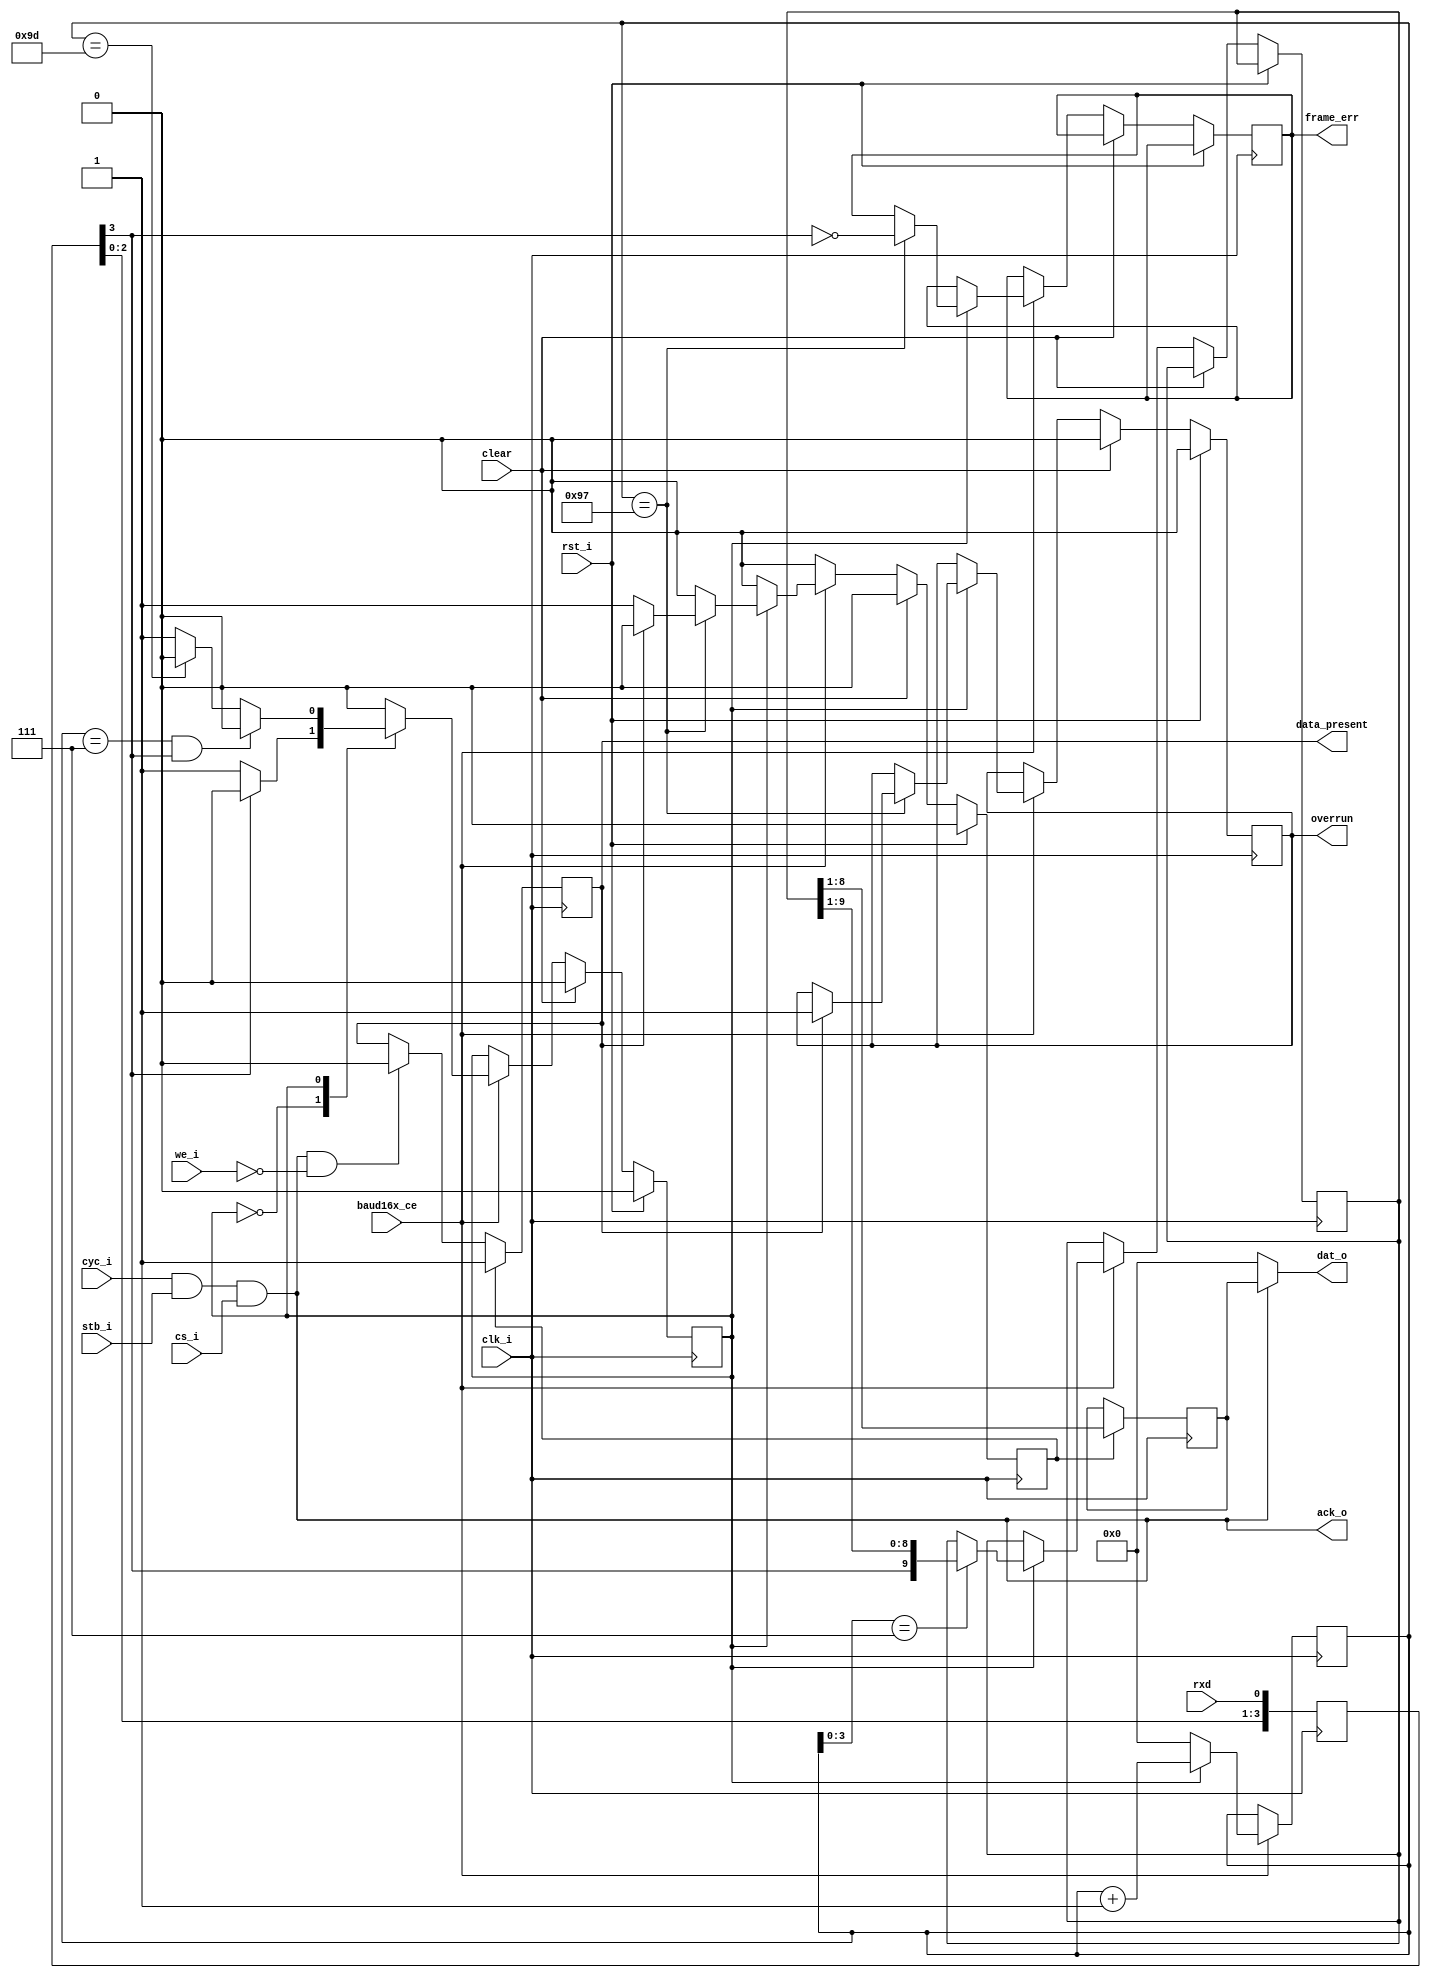
/* ============================================================================
	2011  Robert Finch
	robfinch@<remove>sympatico.ca

	rtfSimpleUartRx.v

    This source code is available for evaluation and validation purposes
    only. This copyright statement and disclaimer must remain present in
    the file.


	NO WARRANTY.
    THIS Work, IS PROVIDEDED "AS IS" WITH NO WARRANTIES OF ANY KIND, WHETHER
    EXPRESS OR IMPLIED. The user must assume the entire risk of using the
    Work.

    IN NO EVENT SHALL THE AUTHOR OR CONTRIBUTORS BE LIABLE FOR ANY
    INCIDENTAL, CONSEQUENTIAL, OR PUNITIVE DAMAGES WHATSOEVER RELATING TO
    THE USE OF THIS WORK, OR YOUR RELATIONSHIP WITH THE AUTHOR.

    IN ADDITION, IN NO EVENT DOES THE AUTHOR AUTHORIZE YOU TO USE THE WORK
    IN APPLICATIONS OR SYSTEMS WHERE THE WORK'S FAILURE TO PERFORM CAN
    REASONABLY BE EXPECTED TO RESULT IN A SIGNIFICANT PHYSICAL INJURY, OR IN
    LOSS OF LIFE. ANY SUCH USE BY YOU IS ENTIRELY AT YOUR OWN RISK, AND YOU
    AGREE TO HOLD THE AUTHOR AND CONTRIBUTORS HARMLESS FROM ANY CLAIMS OR
    LOSSES RELATING TO SUCH UNAUTHORIZED USE.


	Simple UART receiver core
		Features:
			false start bit detection
			framing error detection
			overrun state detection
			resynchronization on every character
			fixed format 1 start - 8 data - 1 stop bits
			uses 16x clock rate
			
		This core may be used as a standalone peripheral
	on a SoC bus if all that is desired is recieve
	capability. It requires a 16x baud rate clock.
	
   	+- - - - - - - - - - - - - - - - - - - - - - - - - - - - - - - - - -
	|WISHBONE Datasheet
	|WISHBONE SoC Architecture Specification, Revision B.3
	|
	|Description:						Specifications:
	+- - - - - - - - - - - - - - - - - - - - - - - - - - - - - - - - - -
	|General Description:				simple serial UART receiver
	+- - - - - - - - - - - - - - - - - - - - - - - - - - - - - - - - - -
	|Supported Cycles:					SLAVE,READ
	|									SLAVE,BLOCK READ
	+- - - - - - - - - - - - - - - - - - - - - - - - - - - - - - - - - -
	|Data port, size:					8 bit
	|Data port, granularity:			8 bit
	|Data port, maximum operand size:	8 bit
	|Data transfer ordering:			Undefined
	|Data transfer sequencing:			Undefined
	+- - - - - - - - - - - - - - - - - - - - - - - - - - - - - - - - - -
	|Clock frequency constraints:		none
	+- - - - - - - - - - - - - - - - - - - - - - - - - - - - - - - - - -
	|Supported signal list and			Signal Name		WISHBONE equiv.
	|cross reference to equivalent		ack_o			ACK_O
	|WISHBONE signals					
	|									clk_i			CLK_I
	|                                   rst_i           RST_I
	|									dat_o(7:0)		DAT_O()
	|									cyc_i			CYC_I
	|									stb_i			STB_I
	|									we_i			WE_I
	|
	+- - - - - - - - - - - - - - - - - - - - - - - - - - - - - - - - - -
	|Special requirements:
	+- - - - - - - - - - - - - - - - - - - - - - - - - - - - - - - - - -

	Ref: Spartan3 -4
	27 LUTs / 24 slices / 170 MHz
============================================================================ */

`define IDLE	0
`define CNT		1

module rtfSimpleUartRx(
	// WISHBONE SoC bus interface
	input rst_i,			// reset
	input clk_i,			// clock
	input cyc_i,			// cycle is valid
	input stb_i,			// strobe
	output ack_o,			// data is ready
	input we_i,				// write (this signal is used to qualify reads)
	output [7:0] dat_o,		// data out
	//------------------------
	input cs_i,				// chip select
	input baud16x_ce,		// baud rate clock enable
	input clear,			// clear reciever
	input rxd,				// external serial input
	output reg data_present,	// data present in fifo
	output reg frame_err,		// framing error
	output reg overrun			// receiver overrun
);

// variables
reg [3:0] rxdd;			// synchronizer flops
reg [7:0] cnt;			// sample bit rate counter
reg [9:0] rx_data;		// working receive data register
reg state;				// state machine
reg wf;					// buffer write
reg [7:0] dat;

assign ack_o = cyc_i & stb_i & cs_i;
assign dat_o = ack_o ? dat : 8'b0;

// update data register
always @(posedge clk_i)
	if (wf) dat <= rx_data[8:1];

// on a read clear the data present status
// but set the status when the data register
// is updated by the receiver		
always @(posedge clk_i)
	if (wf) data_present <= 1;
	else if (ack_o & ~we_i) data_present <= 0;


// Three stage synchronizer to synchronize incoming data to
// the local clock (avoids metastability).
always @(posedge clk_i)
	rxdd <= {rxdd[2:0],rxd};

always @(posedge clk_i) begin
	if (rst_i) begin
		state <= `IDLE;
		wf <= 1'b0;
		overrun <= 1'b0;
	end
	else begin

		// Clear write flag
		wf <= 1'b0;

		if (clear) begin
			wf <= 1'b0;
			state <= `IDLE;
			overrun <= 1'b0;
		end

		else if (baud16x_ce) begin

			case (state)

			// Sit in the idle state until a start bit is
			// detected.
			`IDLE:
				// look for start bit
				if (~rxdd[3])
					state <= `CNT;

			`CNT:
				begin
					// End of the frame ?
					// - check for framing error
					// - write data to read buffer
					if (cnt==8'h97)
						begin	
							frame_err <= ~rxdd[3];
							if (!data_present)
								wf <= 1'b1;
							else
								overrun <= 1'b1;
						end
					// Switch back to the idle state a little
					// bit too soon.
					if (cnt==8'h9D)
						state <= `IDLE;

					// On start bit check make sure the start
					// bit is low, otherwise go back to the
					// idle state because it's a false start.
					if (cnt==8'h07 && rxdd[3])
						state <= `IDLE;

					if (cnt[3:0]==4'h7)
						rx_data <= {rxdd[3],rx_data[9:1]};
				end

			endcase
		end
	end
end


// bit rate counter
always @(posedge clk_i)
	if (baud16x_ce) begin
		if (state == `IDLE)
			cnt <= 0;
		else
			cnt <= cnt + 1;
	end

endmodule